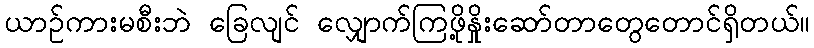
ယာဉ်ကားမစီးဘဲ ခြေလျင် လျှောက်ကြဖို့နှိုးဆော်တာတွေတောင်ရှိတယ်။